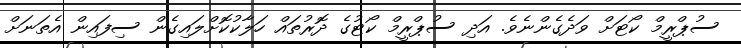
ސުޕްރީމް ކޯޓަށް ވަދެގެންނެވެ. އަދި ސުޕްރީމް ކޯޓުގެ ދޮރުތައް ހަލާކުކޮށްލައިގެން ސިފައިން އެތަނަށް